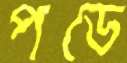
পডে